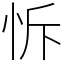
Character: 𢘛